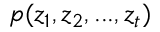
p ( z _ { 1 } , z _ { 2 } , . . . , z _ { t } )